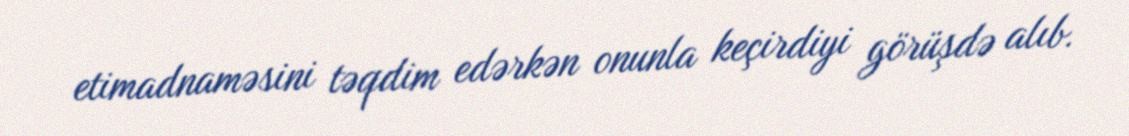
etimadnaməsini təqdim edərkən onunla keçirdiyi görüşdə alıb.